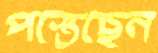
পস্তেছেন